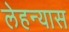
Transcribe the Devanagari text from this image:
लेहन्यास